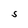
Character: S